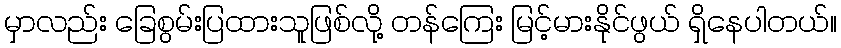
မှာလည်း ခြေစွမ်းပြထားသူဖြစ်လို့ တန်ကြေး မြင့်မားနိုင်ဖွယ် ရှိနေပါတယ်။